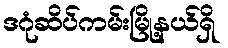
ဒဂုံဆိပ်ကမ်းမြို့နယ်ရှိ